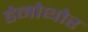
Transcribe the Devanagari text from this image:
डेनोथोर